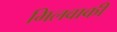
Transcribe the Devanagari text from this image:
मिलवाकी